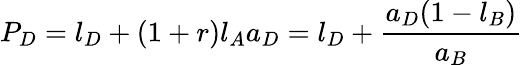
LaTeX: P_{D}=l_{D}+(1+r)l_{A}a_{D}=l_{D}+{\frac{a_{D}(1-l_{B})}{a_{B}}}